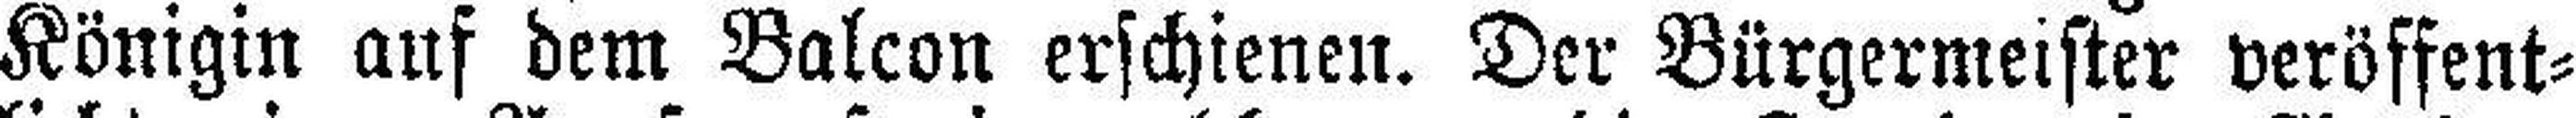
Königin ans dem Balcon erschienen. Der Bürgermeister veröffent¬